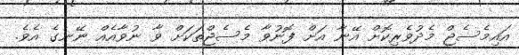
އައިމެސެޖް މެދުވެރިކޮށް އޭނާ އަށް ފޮނުވާ މެސެޖްތަކަށް ވާ ނުވާއެއް ނޭނގެ އެވެ.